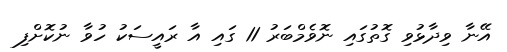
އޭނާ ވިދާޅުވި ގޮތުގައި ނޮވެމްބަރު 11 ގައި އާ ރައީސަކު ހުވާ ނުކޮށްފި